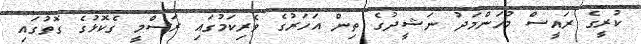
ކުރީގެ ރައީސް މުހަންމަދު ނަޝީދުގެ ތިން އަހަރުގެ ވެރިކަމުގައި ރަސްމީ ގެކޮޅުގެ ގޮތުގައި